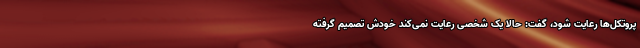
پروتکل‌ها رعایت شود، گفت: حالا یک شخصی رعایت نمی‌کند خودش تصمیم گرفته